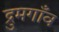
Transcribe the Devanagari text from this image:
द्रुमगाँव